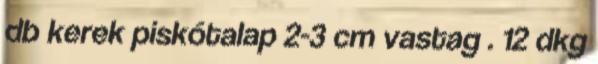
db kerek piskótalap 2-3 cm vastag . 12 dkg